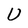
Character: U